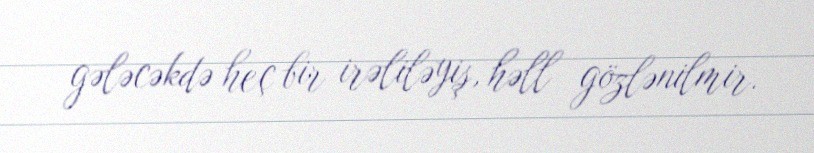
gələcəkdə heç bir irəliləyiş, həll gözlənilmir.